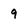
Character: 9